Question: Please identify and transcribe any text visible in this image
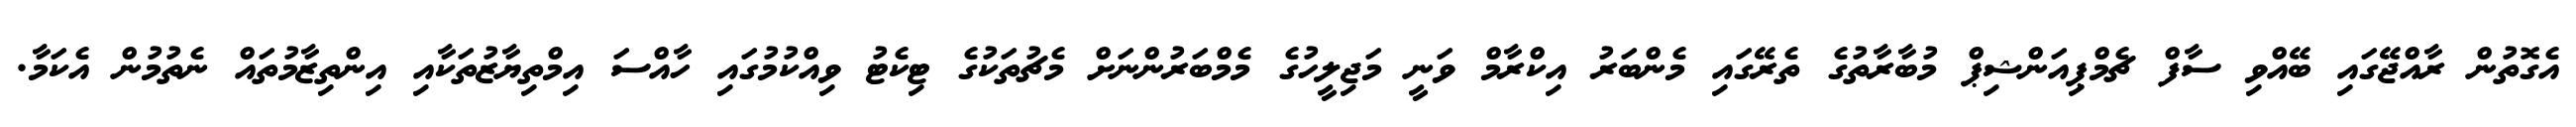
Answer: އެގޮތުން ރާއްޖޭގައި ބޭއްވި ސާފް ޗެމްޕިއަންޝިޕް މުބާރާތުގެ ތެރޭގައި މެންބަރު އިކްރާމް ވަނީ މަޖިލީހުގެ މެމްބަރުންނަށް މެޗުތަކުގެ ޓިކެޓު ވިއްކުމުގައި ހާއްސަ އިމްތިޔާޒުތަކާއި އިންތިޒާމުތައް ނެތުމުން އެކަމާ.